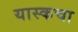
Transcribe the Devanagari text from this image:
यास्कचा